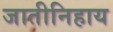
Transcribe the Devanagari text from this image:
जातीनिहाय